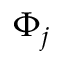
\Phi _ { j }